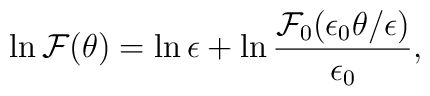
\ln {\cal F} (\theta)  = \ln \epsilon  + \ln \frac{{\cal F}_0 (\epsilon_0 \theta/\epsilon)}             {\epsilon_0},